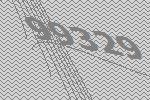
99329